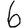
Digit: 6